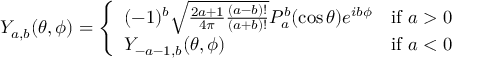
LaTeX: Y _ { a , b } ( \theta , \phi ) = { \left\{ \begin{array} { l l } { ( - 1 ) ^ { b } { \sqrt { { \frac { 2 a + 1 } { 4 \pi } } { \frac { ( a - b ) ! } { ( a + b ) ! } } } } P _ { a } ^ { b } ( \cos \theta ) e ^ { i b \phi } } & { { \mathrm { i f ~ } } a > 0 } \\ { Y _ { - a - 1 , b } ( \theta , \phi ) } & { { \mathrm { i f ~ } } a < 0 } \end{array} \right. }